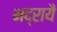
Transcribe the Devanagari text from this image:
भद्रायै